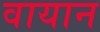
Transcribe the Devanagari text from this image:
वायान